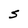
Character: s